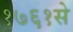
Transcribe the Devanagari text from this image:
१७६१से